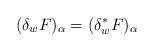
LaTeX: \begin{align*}(\delta_w F)_\alpha = (\delta^*_w F)_\alpha\end{align*}